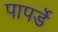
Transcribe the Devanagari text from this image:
पापर्डे